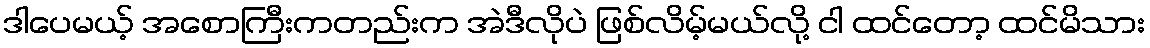
ဒါပေမယ့် အစောကြီးကတည်းက အဲဒီလိုပဲ ဖြစ်လိမ့်မယ်လို့ ငါ ထင်တော့ ထင်မိသား